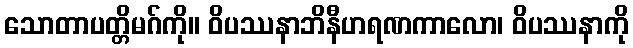
သောတာပတ္တိမဂ်ကို။ ဝိပဿနာဘိနီဟရဏကာလော၊ ဝိပဿနာကို